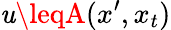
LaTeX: \mathit{u}\leqA(x^{\prime},x_{t})